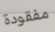
مفقودة